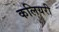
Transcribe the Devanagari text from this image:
कलियरी